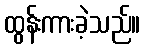
ထွန်းကားခဲ့သည်။